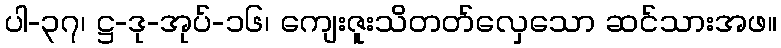
ပါ-၃၇၊ ဋ္ဌ-ဒု-အုပ်-၁၆၊ ကျေးဇူးသိတတ်လှေသော ဆင်သားအဖ။